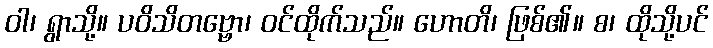
ဝါ၊ ရွာသို့။ ပဝိသိတဗ္ဗော၊ ဝင်ထိုက်သည်။ ဟောတိ၊ ဖြစ်၏။ စ၊ ထိုသို့ပင်